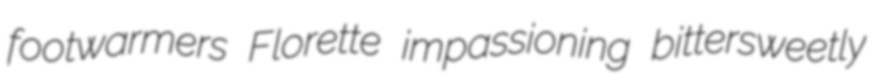
footwarmers Florette impassioning bittersweetly